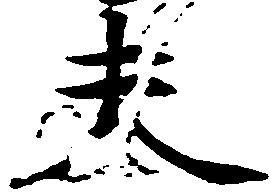
夫